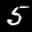
Label: 5